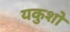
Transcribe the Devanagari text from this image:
यकुशो